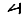
Digit: 4